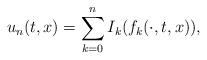
LaTeX: \begin{align*} u_n(t,x)=\sum_{k=0}^nI_k(f_k(\cdot,t,x)),\end{align*}